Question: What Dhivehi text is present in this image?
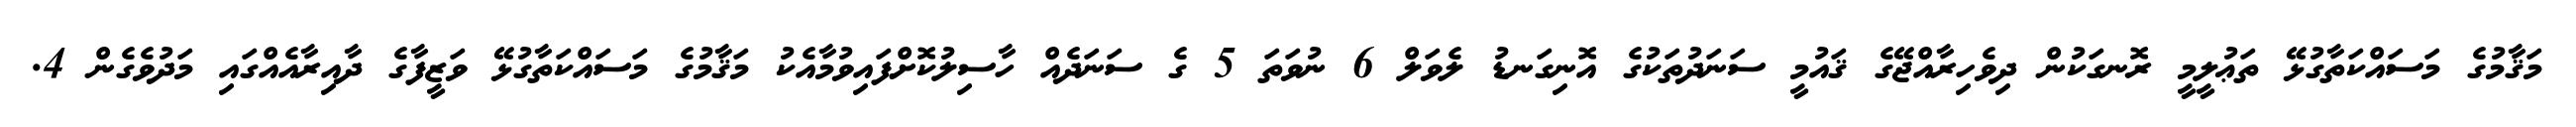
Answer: މަޤާމުގެ މަސައްކަތާގުޅޭ ތަޢުލީމީ ރޮނގަކުން ދިވެހިރާއްޖޭގެ ޤައުމީ ސަނަދުތަކުގެ އޮނިގަނޑު ލެވަލް 6 ނުވަތަ 5 ގެ ސަނަދެއް ހާސިލުކޮށްފައިވުމާއެކު މަޤާމުގެ މަސައްކަތާގުޅޭ ވަޒީފާގެ ދާއިރާއެއްގައި މަދުވެގެން 4.